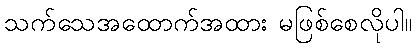
သက်သေအထောက်အထား မဖြစ်စေလိုပါ။